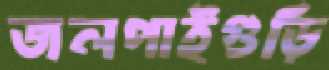
জলপাইগুড়ি